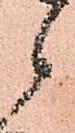
候